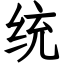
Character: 统